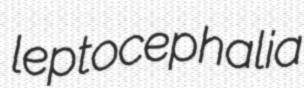
leptocephalia